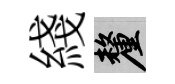
綫厘